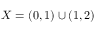
X = ( 0 , 1 ) \cup ( 1 , 2 )